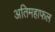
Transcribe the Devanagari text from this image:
अतिमहाफल